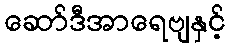
ဆော်ဒီအာရေဗျနှင့်